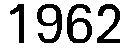
1962